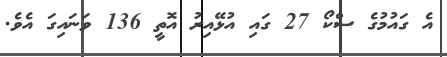
އެ ގައުމުގެ ސްކޯ 27 ގައި އުޅޭއިރު އޮތީ 136 ވަނައިގަ އެވެ.